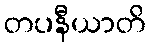
တပနီယာတိ